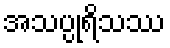
အသပ္ပုရိသဿ